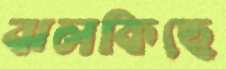
ঝলকিছে